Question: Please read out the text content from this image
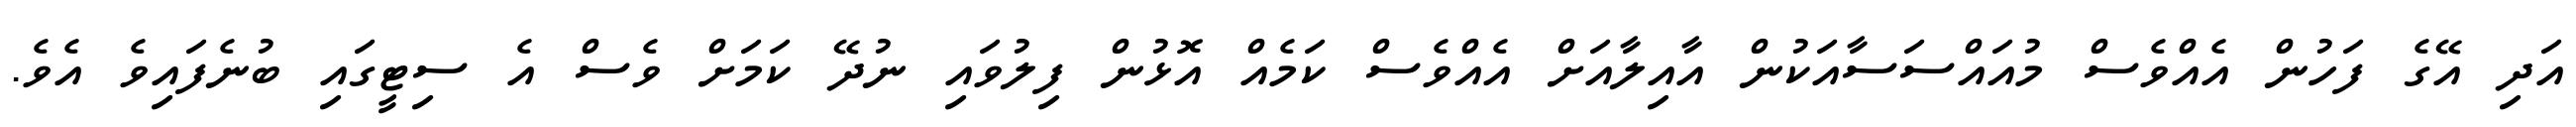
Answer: އަދި އޭގެ ފަހުން އެއްވެސް މުއައްސަސާއަކުން އާއިލާއަށް އެއްވެސް ކަމެއް އޮޅުން ފިލުވައި ނުދޭ ކަމަށް ވެސް އެ ސިޓީގައި ބުނެފައިވެ އެވެ.